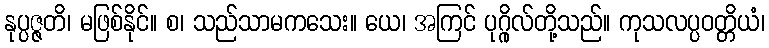
နုပ္ပဇ္ဇတိ၊ မဖြစ်နိုင်။ စ၊ သည်သာမကသေး။ ယေ၊ အကြင် ပုဂ္ဂိုလ်တို့သည်။ ကုသလပ္ပဝတ္တိယံ၊